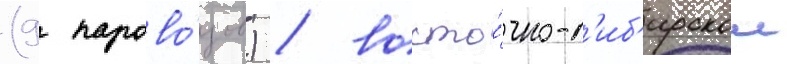
(9 парово́зов) / восто́чно-с'иб'ирскои